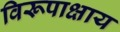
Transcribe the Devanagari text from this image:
विरूपाक्षाय